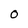
Character: O